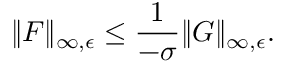
\| F \| _ { \infty , \epsilon } \leq \frac { 1 } { - \sigma } \| G \| _ { \infty , \epsilon } .